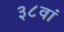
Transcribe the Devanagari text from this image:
३८वां